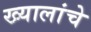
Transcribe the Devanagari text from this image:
ख्यालांचे